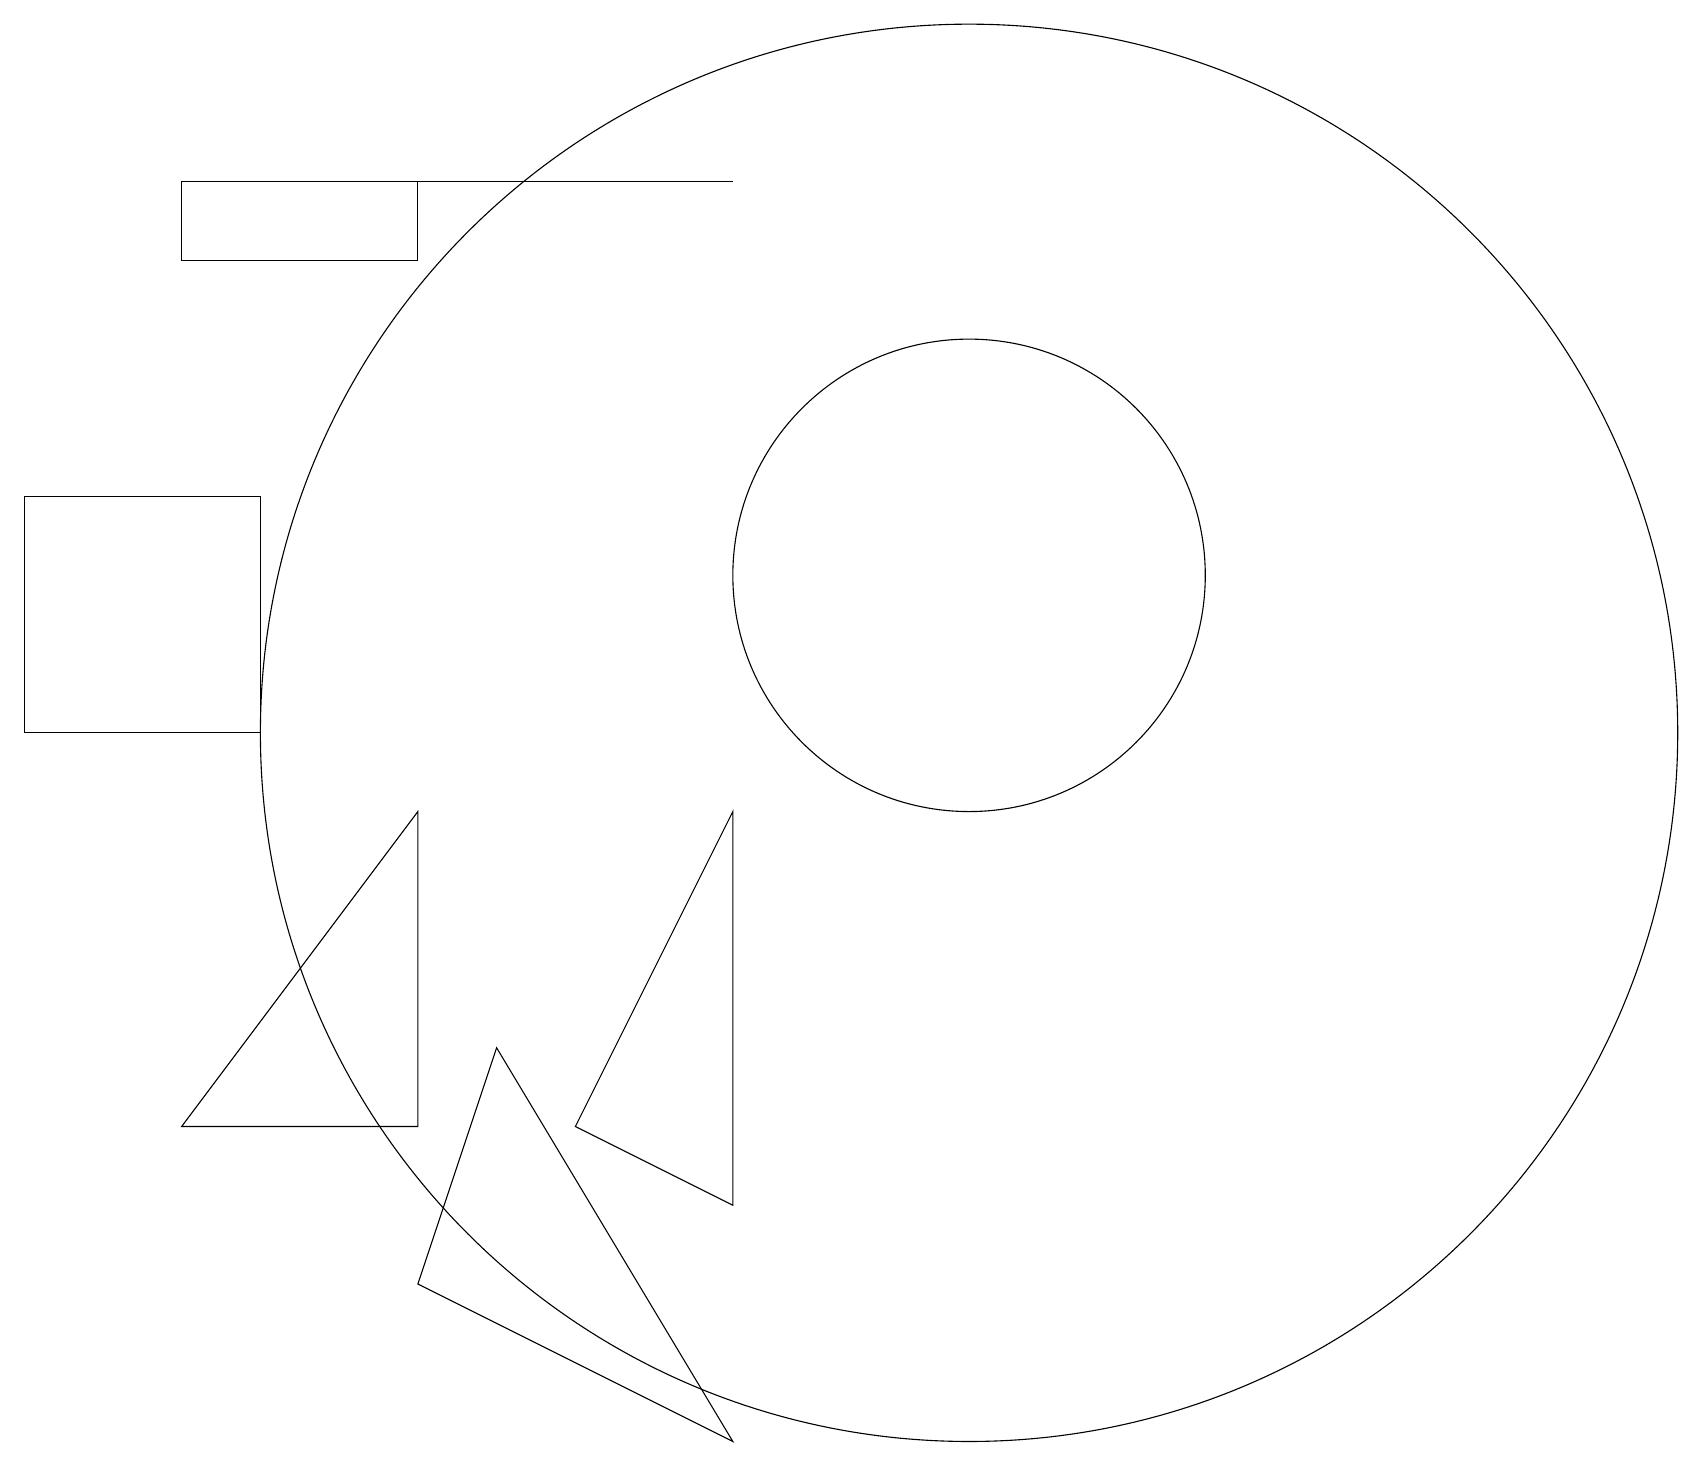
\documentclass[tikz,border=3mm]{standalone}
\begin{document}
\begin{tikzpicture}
\draw (12,12) circle (3);
\draw (6,6) -- (5,3) -- (9,1) -- cycle;
\draw (2,17) rectangle (9,17);
\draw (9,9) -- (9,4) -- (7,5) -- cycle;
\draw (3,10) rectangle (0,13);
\draw (12,10) circle (9);
\draw (5,9) -- (2,5) -- (5,5) -- cycle;
\draw (2,17) rectangle (5,16);
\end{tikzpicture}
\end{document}